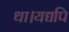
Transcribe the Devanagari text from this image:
था।यद्यपि